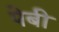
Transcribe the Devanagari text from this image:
पेबी